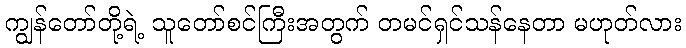
ကျွန်တော်တို့ရဲ့ သူတော်စင်ကြီးအတွက် တမင်ရှင်သန်နေတာ မဟုတ်လား